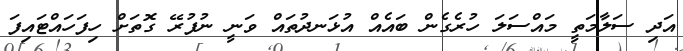
އަދި ސަލާމަތީ މައްސަލަ ހުރެގެން ބައެއް އުޅަނދުތައް ވަނީ ނުފުރޭ ގޮތަށް ހިފަހައްޓައިފަ